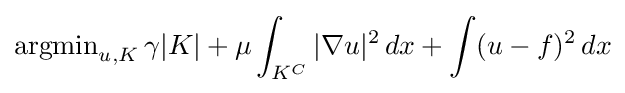
\operatorname {argmin} _{u,K}\gamma |K|+\mu \int _{K^{C}}|\nabla u|^{2}\,dx+\int (u-f)^{2}\,dx